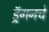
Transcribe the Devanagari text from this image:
ड्रॅगनचे